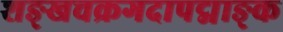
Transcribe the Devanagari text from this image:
शङ्खचक्रगदापद्माङ्क